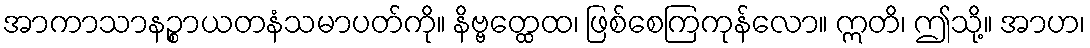
အာကာသာနဉ္စာယတနံသမာပတ်ကို။ နိဗ္ဗတ္ထေထ၊ ဖြစ်စေကြကုန်လော။ ဣတိ၊ ဤသို့။ အာဟ၊